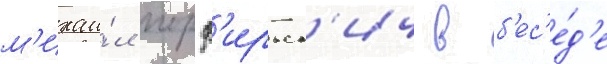
м'ихаи́л порф'ирьев'ич в б'ес'е́д'е